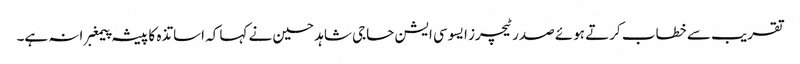
تقریب سے خطاب کرتے ہوئے صدر ٹیچرز ایسوسی ایشن حاجی شاہد حسین نے کہا کہ اساتذہ کا پیشہ پیمغبرانہ ہے۔